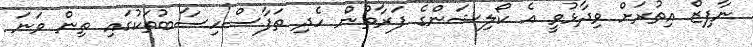
ނާފިޒް އިތުރަށް ވިދާޅުވީ އެ ކޯލިޝަންގެ ފަރާތުން ހެދި ތަފާސްހިސާބުތަކުގައި ތިން ވަނަ